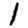
Digit: 1